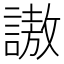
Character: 謸